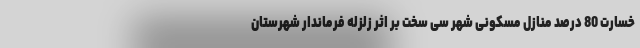
خسارت 80 درصد منازل مسکونی شهر سی سخت بر اثر زلزله فرماندار شهرستان